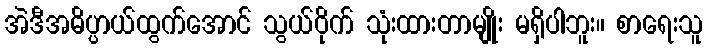
အဲဒီအဓိပ္ပာယ်ထွက်အောင် သွယ်ဝိုက် သုံးထားတာမျိုး မရှိပါဘူး။ စာရေးသူ